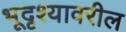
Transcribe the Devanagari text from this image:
भूदृश्यावरील